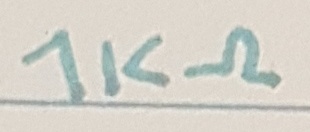
Text: 1KΩ